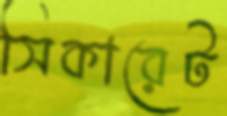
সিকারেট